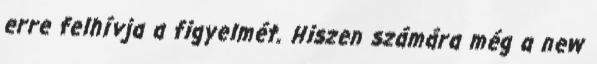
erre felhívja a figyelmét. Hiszen számára még a new